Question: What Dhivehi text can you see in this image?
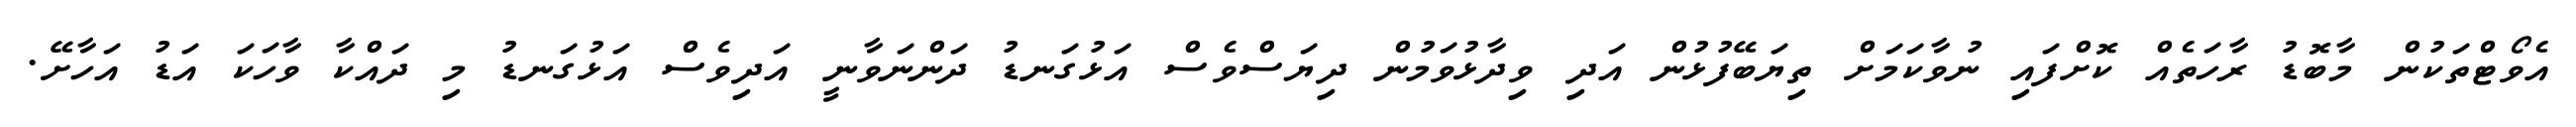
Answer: އެވޯޓްތަކުން މާބޮޑު ރާހަތެއް ކޮށްފައި ނުވާކަމަށް ތިޔަބޭފުޅުން އަދި ވިދާޅުވަމުން ދިޔަސްވެސް އަޅުގަނޑު ދަންނަވާނީ އަދިވެސް އަޅުގަނޑު މި ދައްކާ ވާހަކަ އަޑު އަހާށޭ.